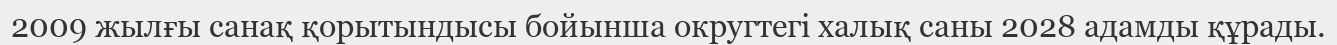
2009 жылғы санақ қорытындысы бойынша округтегі халық саны 2028 адамды құрады.